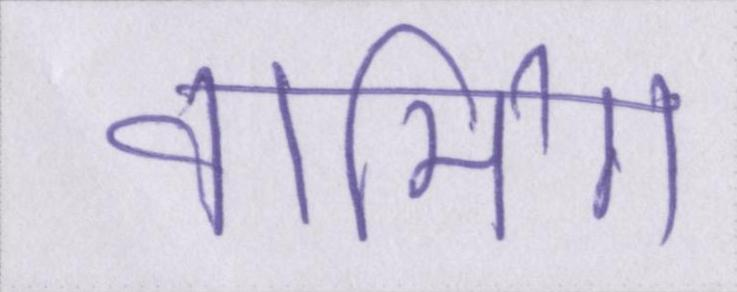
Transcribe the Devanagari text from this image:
वार्मिग